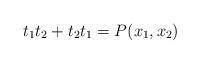
LaTeX: \begin{align*}t_1 t_2 + t_2 t_1 = P(x_1, x_2)\end{align*}